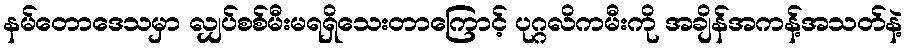
နမ်တောဒေသမှာ လျှပ်စစ်မီးမရရှိသေးတာကြောင့် ပုဂ္ဂလိကမီးကို အချိန်အကန့်အသတ်နဲ့